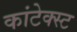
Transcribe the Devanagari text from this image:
कांटेक्स्ट